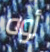
أوه